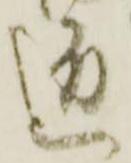
匠